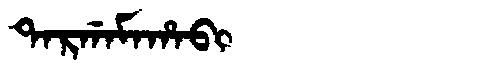
Manchu: ᡨᠠᡵᡤᠠᠮᠠᡥᠠᠪᡳ
Romanization: TARGAMAHABI